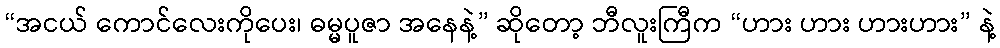
“အငယ် ကောင်လေးကိုပေး၊ ဓမ္မပူဇာ အနေနဲ့” ဆိုတော့ ဘီလူးကြီက “ဟား ဟား ဟားဟား” နဲ့